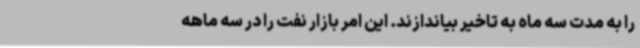
را به مدت سه ماه به تاخیر بیاندازند. این امر بازار نفت را در سه ماهه